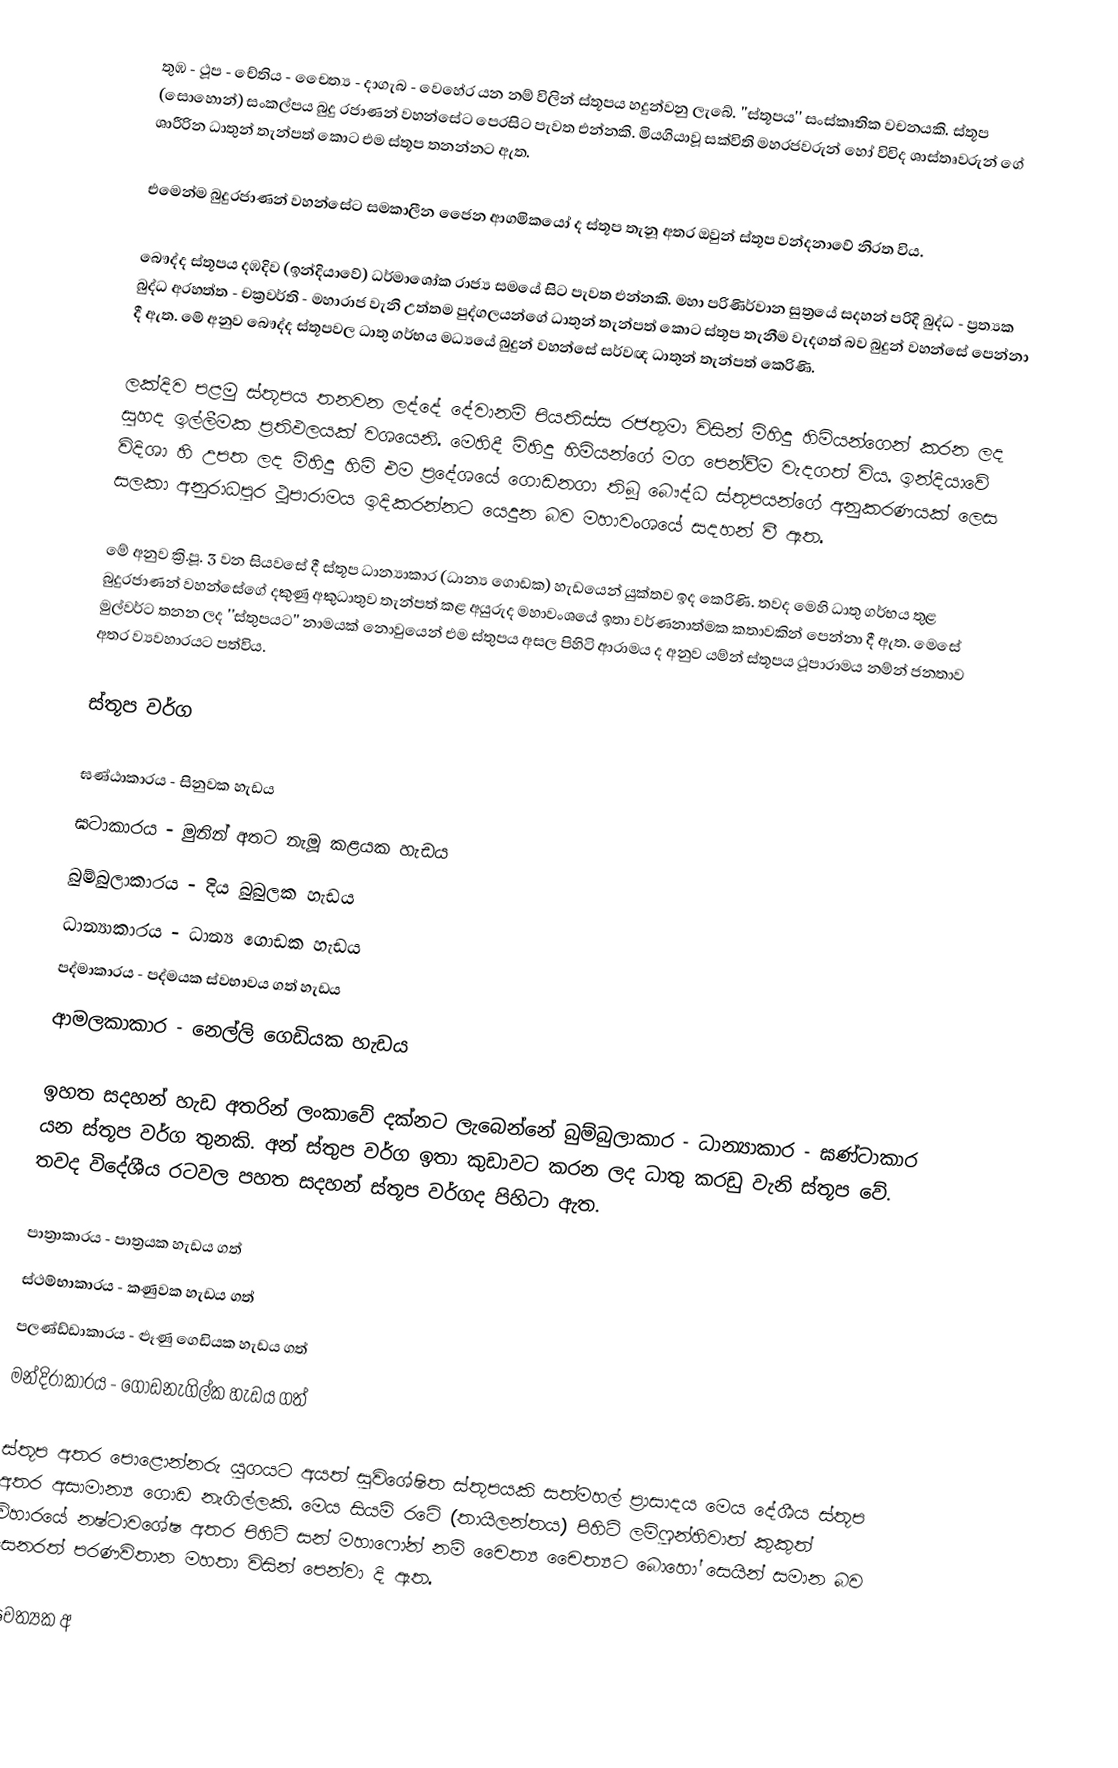
තුඹ - ථූප - චේතිය - චෙෙත්‍ය - දාගැබ - වෙහේර යන නම් විලින් ස්තූපය හදුන්වනු ලැබේ. ''ස්තූපය'' සංස්කෘතික වචනයකි. ස්තූප (සොහොන්) සංකල්පය බුදු රජාණන් වහන්සේට පෙරසිට පැවත එන්නකි. මියගියාවූ සක්විති මහරජවරුන් හෝ විවිද ශාස්තෘවරුන් ගේ ශාරීරින ධාතුන් තැන්පත් කොට එම ස්තූප තනන්නට ඇත.

එමෙන්ම බුදුරජාණන් වහන්සේට සමකාලීන ජෙෙන ආගමිකයෝ ද ස්තූප තැනූ අතර ඔවුන් ස්තූප වන්දනාවේ නිරත විය.

බෞද්ද ස්තූපය දඹදිව (ඉන්දියාවේ) ධර්මාශෝක රාජ්‍ය සමයේ සිට පැවත එන්නකි. මහා පරිණිර්වාන සුත්‍රයේ සදහන් පරිදි බුද්ධ - ප්‍රත්‍යක බුද්ධ අරහත්ත - චක්‍රවර්ති - මහාරාජ වැනි උත්තම පුද්ගලයන්ගේ  ධාතුන් තැන්පත් කොට ස්තූප තැනීම වැදගත් බව බුදුන් වහන්සේ පෙන්නා දී ඇත. මේ අනුව බෞද්ද ස්තූපවල ධාතු ගර්භය මධ්‍යයේ බුදුන් වහන්සේ සර්වඥ ධාතුන් තැන්පත් කෙරිණි.

ලක්දිව පළමු ස්තූපය තනවන ලද්දේ දේවානම් පියතිස්ස රජතුමා විසින් මිහිදු හිමියන්ගෙන් කරන ලද සුහද ඉල්ලීමක ප්‍රතිඵලයක් වශයෙනි. මෙහිදී මිහිදු හිමියන්ගේ මග පෙන්වීම වැදගත් විය. ඉන්දියාවේ විදිශා හි උපත ලද මිහිදු හිමි එම ප්‍රදේශයේ ගොඩනගා තිබූ බෞද්ධ ස්තූපයන්ගේ අනුකරණයක් ලෙස සලකා අනුරාධපුර ථූපාරාමය ඉදිකරන්නට යෙදුන බව මහාවංශයේ සදහන් වී ඇත.

මේ අනුව ක්‍රි.පූ. 3 වන සියවසේ දී ස්තූප ධාන්‍යාකාර (ධාන්‍ය ගොඩක) හැඩයෙන් යුක්තව ඉද කෙරිණි. තවද මෙහි ධාතු ගර්භය තුළ බුදුරජාණන් වහන්සේගේ දකුණු අකුධාතුව තැන්පත් කළ අයුරුද මහාවංශයේ ඉතා වර්ණනාත්මක කතාවකින් පෙන්නා දී ඇත. මෙසේ මුල්වර්ට තනන ලද ''ස්තුපයට'' නාමයක් නොවුයෙන් එම ස්තුපය අසල පිහිටි ආරාමය ද අනුව යම්න් ස්තූපය ථූපාරාමය නම්න් ජනතාව අතර ව්‍යවහාරයට පත්විය.

ස්තූප වර්ග

 ඝණ්ඨාකාරය             -     සිනුවක හැඩය
 ඝටාකාරය                 -    මුනින් අතට නැමූ කළයක හැඩය
 බුම්බුලාකාරය            -    දිය බුබුලක හැඩය
 ධාන්‍යාකාරය             -    ධාන්‍ය ගොඩක හැඩය
 පද්මාකාරය               -    පද්මයක ස්වභාවය ගත් හැඩය
 ආමලකාකාර               -    නෙල්ලි ගෙඩියක හැඩය

ඉහත සදහන් හැඩ අතරින් ලංකාවේ දක්නට ලැබෙන්නේ බුම්බුලාකාර - ධාන්‍යාකාර - ඝණ්ටාකාර යන ස්තූප වර්ග තුනකි. අන් ස්තුප වර්ග ඉතා කුඩාවට කරන ලද ධාතු කරඩු වැනි ස්තූප වේ. තවද විදේශීය රටවල පහත සදහන් ස්තූප වර්ගද පිහිටා ඇත.

 පාත්‍රාකාරය                -    පාත්‍රයක හැඩය ගත්
 ස්ථම්භාකාරය             -   කණුවක හැඩය ගත්
 පලණ්ඩ්ඩාකාරය         -   ළූණු ගෙඩියක හැඩය ගත්
 මන්දිරාකාරය             -   ගොඩනැගිල්ක හැඩය ගත්

ස්තූප අතර පොළොන්නරු යුගයට අයත් සුවිශේෂිත ස්තූපයකි සත්මහල් ප්‍රාසාදය මෙය දේශීය ස්තූප අතර අසාමාන්‍ය ගොඩ නැගිල්ලකි. මෙය සියම් රටේ (තායිලන්තය) පිහිටි ලම්ෆුන්හිවාත් කුකුත් විහාරයේ නෂ්ටාවශේෂ අතර පිහිටි සන් මහාෆෝන් නම් චෙෙත්‍ය චෙෙත්‍යට බොහෝ සෙයින් සමාන බව සෙනරත් පරණවිතාන මහතා විසින් පෙන්වා දි ඇත.

චෙෙත්‍යක අ